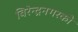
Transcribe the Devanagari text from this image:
बिरेन्द्रनगरको